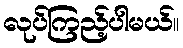
လုပ်ကြည့်ပါမယ်။